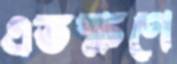
এতক্ষণে